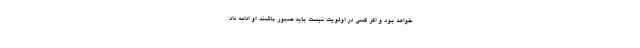
خواهد بود و اگر کسی در اولویت نیست باید صبور باشند. او ادامه داد: